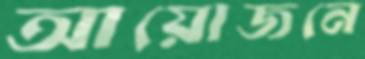
আয়োজনে